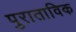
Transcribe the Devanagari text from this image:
पुराताविक